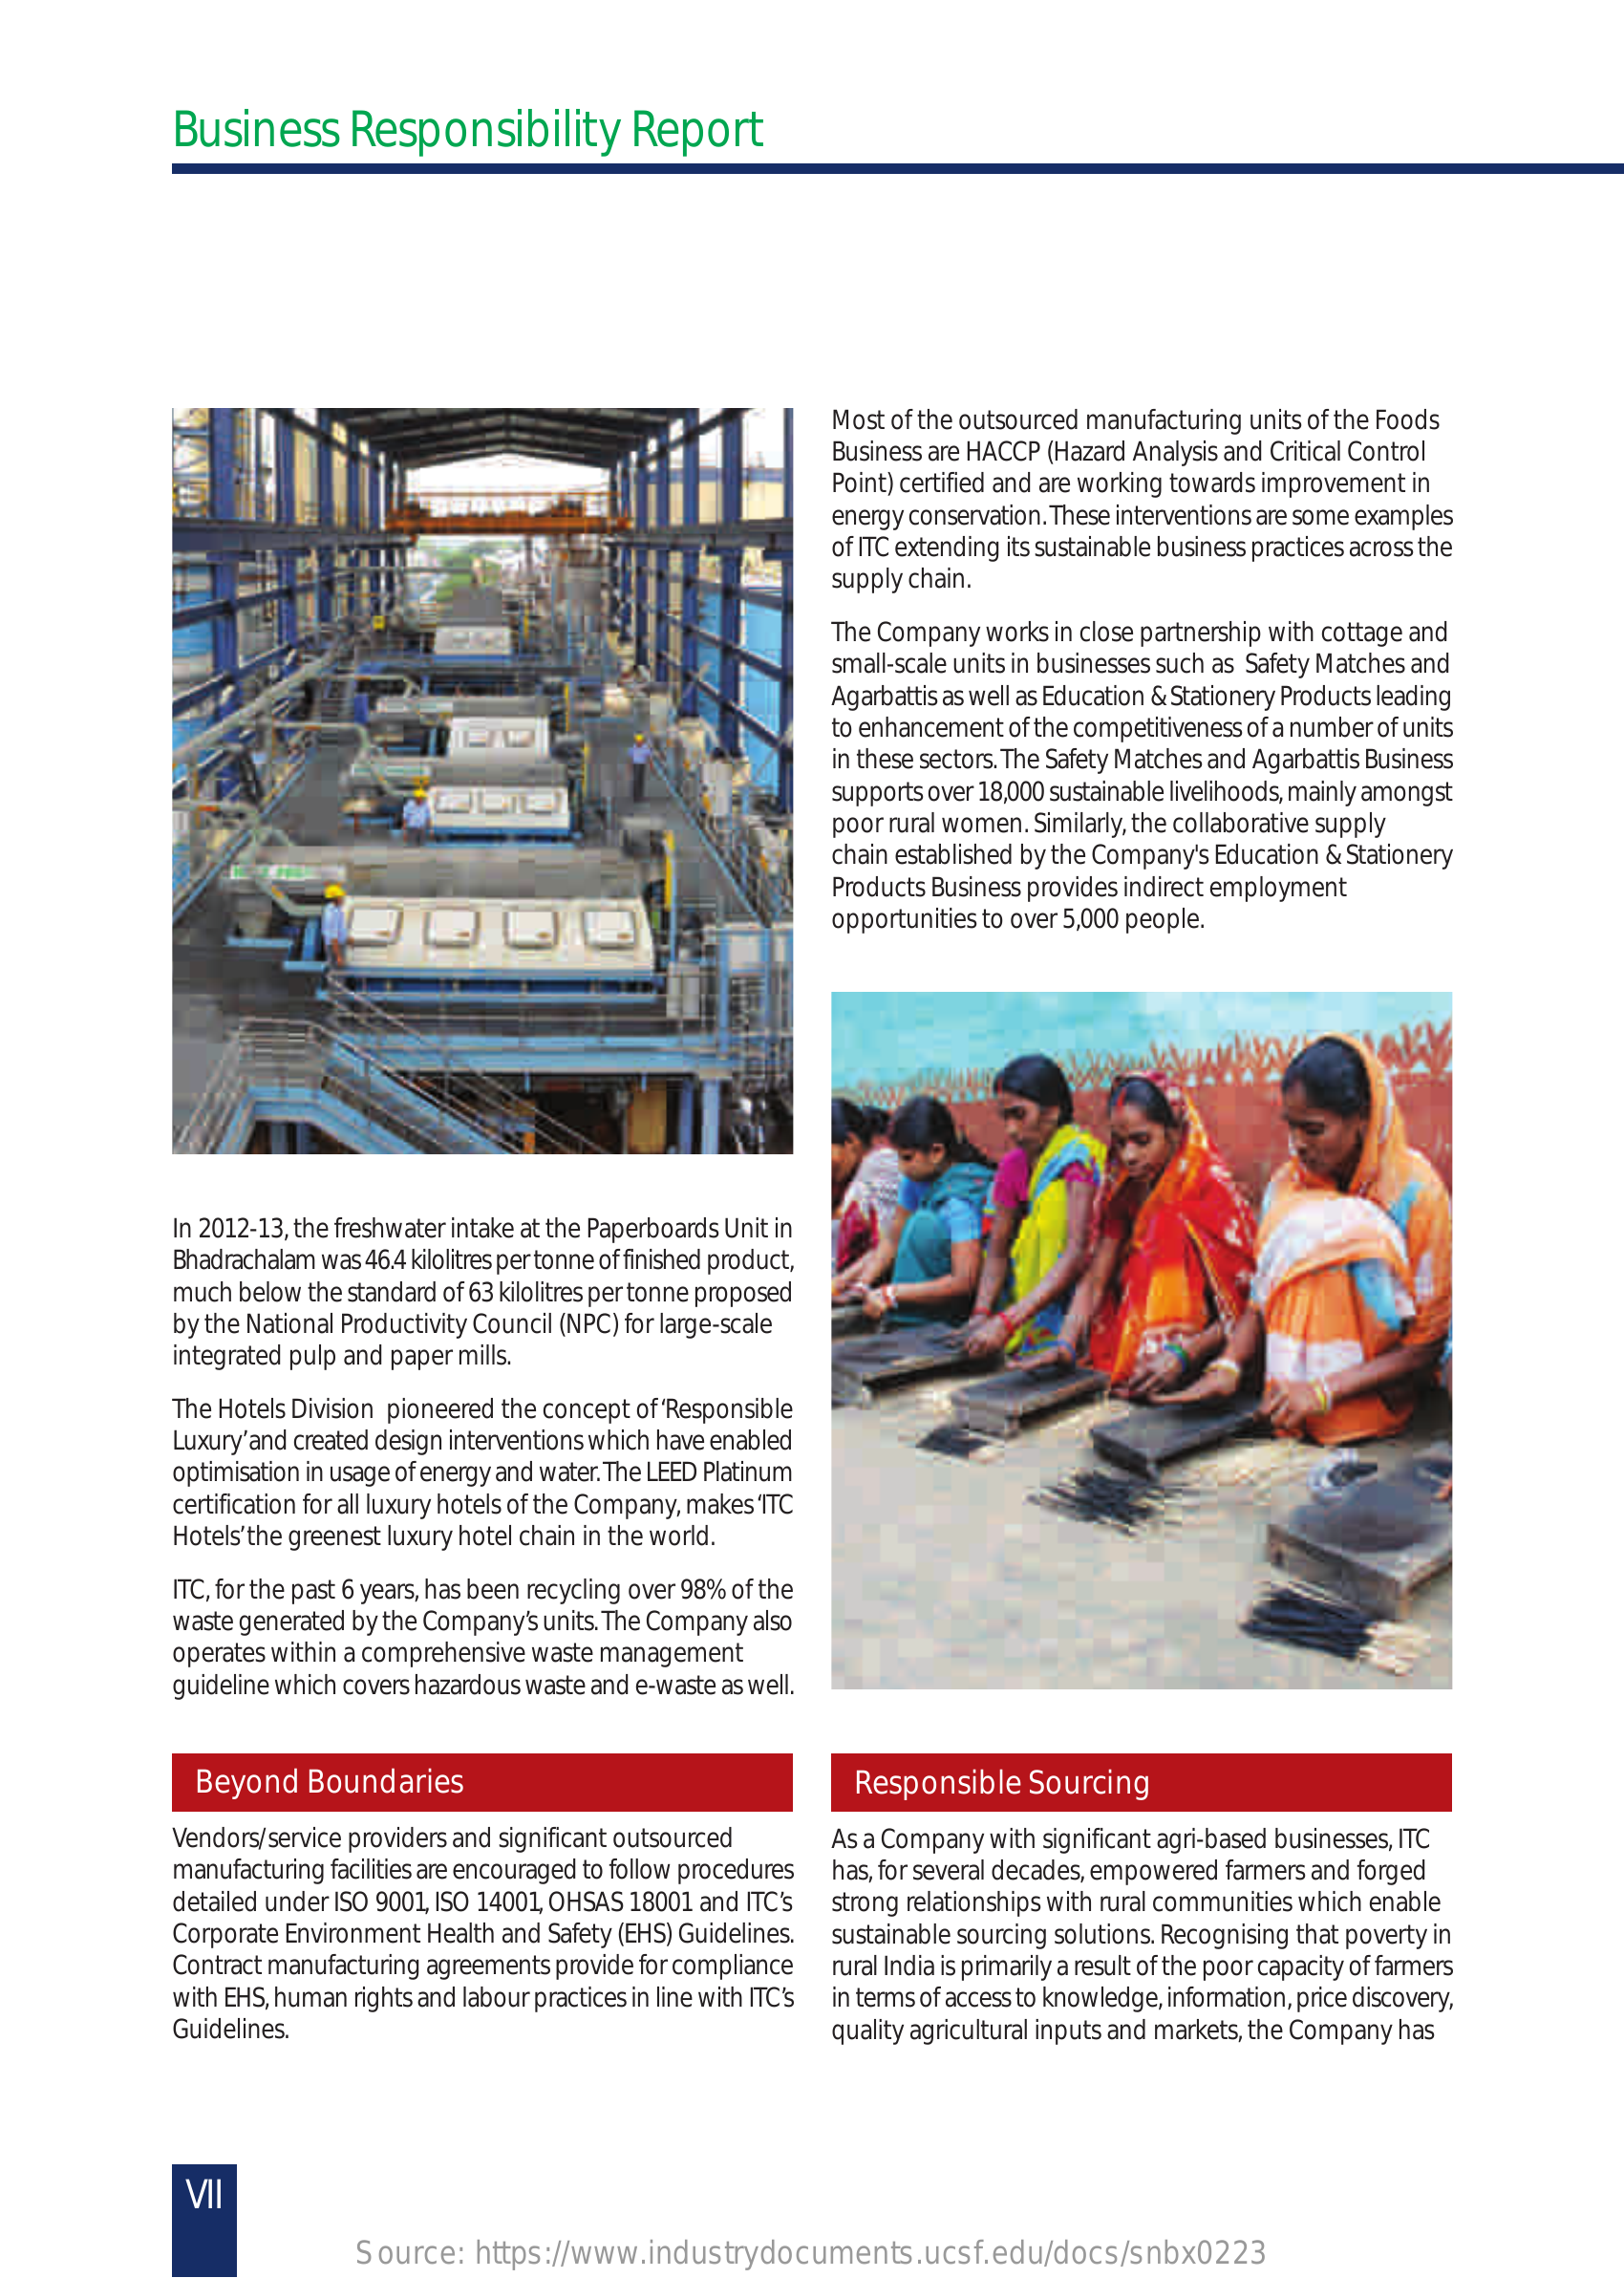
Business    Responsibility    Report
     Most of the outsourced manufacturing units of the Foods
     Business are HACCP (Hazard Analysis and Critical Control
     Point) certified and are working towards improvement in
     energy conservation. These interventions are some examples
     of ITC extending its sustainable business practices across the
     supply chain.
     The Company  works in close partnership with cottage and
     small-scale units in businesses such as Safety Matches and
     Agarbattis as well as Education & Stationery Products leading
     to enhancement of the competitiveness of a number of units
     in these sectors. The Safety Matches and Agarbattis Business
     supports over 18,000 sustainable livelihoods, mainly amongst
     poor rural women. Similarly, the collaborative supply
     chain established by the Company's Education & Stationery
     Products Business provides indirect employment
     opportunities to over 5,000 people.
     In 2012-13, the freshwater intake at the Paperboards Unit in
     Bhadrachalam was 46.4 kilolitres per tonne of finished product,
     much below the standard of 63 kilolitres per tonne proposed
     by the National Productivity Council (NPC) for large-scale
     integrated pulp and paper mills.
     The Hotels Division pioneered the concept of ‘Responsible
     Luxury’ and created design interventions which have enabled
     optimisation in usage of energy and water. The LEED Platinum
     certification for all luxury hotels of the Company, makes ‘ITC
     Hotels’ the greenest luxury hotel chain in the world.
     ITC, for the past 6 years, has been recycling over 98% of the
     waste generated by the Company’s units. The Company also
     operates within a comprehensive waste management
     guideline which covers hazardous waste and e-waste as well.
     Beyond    Boundaries    Responsible   Sourcing
     Vendors/service providers and significant outsourced  As a Company with significant agri-based businesses, ITC
     manufacturing facilities are encouraged to follow procedures has, for several decades, empowered farmers and forged
     detailed under ISO 9001, ISO 14001, OHSAS 18001 and ITC’s strong relationships with rural communities which enable
     Corporate Environment Health and Safety (EHS) Guidelines. sustainable sourcing solutions. Recognising that poverty in
     Contract manufacturing agreements provide for compliance rural India is primarily a result of the poor capacity of farmers
     with EHS, human rights and labour practices in line with ITC’s in terms of access to knowledge, information, price discovery,
     Guidelines.    quality agricultural inputs and markets, the Company has
     VII
     Source:   https://www.industrydocuments.ucsf.edu/docs/snbx0223